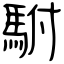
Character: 駙